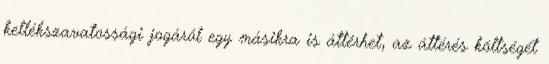
kellékszavatossági jogáról egy másikra is áttérhet, az áttérés költségét